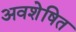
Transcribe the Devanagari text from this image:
अवशेषित